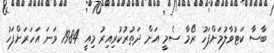
ބާސާ ކަޓުވާލުމަށްފަހު ރޯމާ ސެމީ އަށް ދަތުރުކުރިއިރު މިއީ 1984 ވަނަ އަހަރަށްފަހު